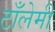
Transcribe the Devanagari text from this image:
टाँलेमी